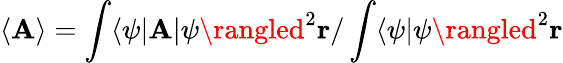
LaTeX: \langle\mathbf{A}\rangle=\int\langle\psi|\mathbf{A}|\psi\rangled^{2}\mathbf{{r}}/\int\langle\psi|\psi\rangled^{2}\mathbf{{r}}